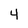
Character: 4